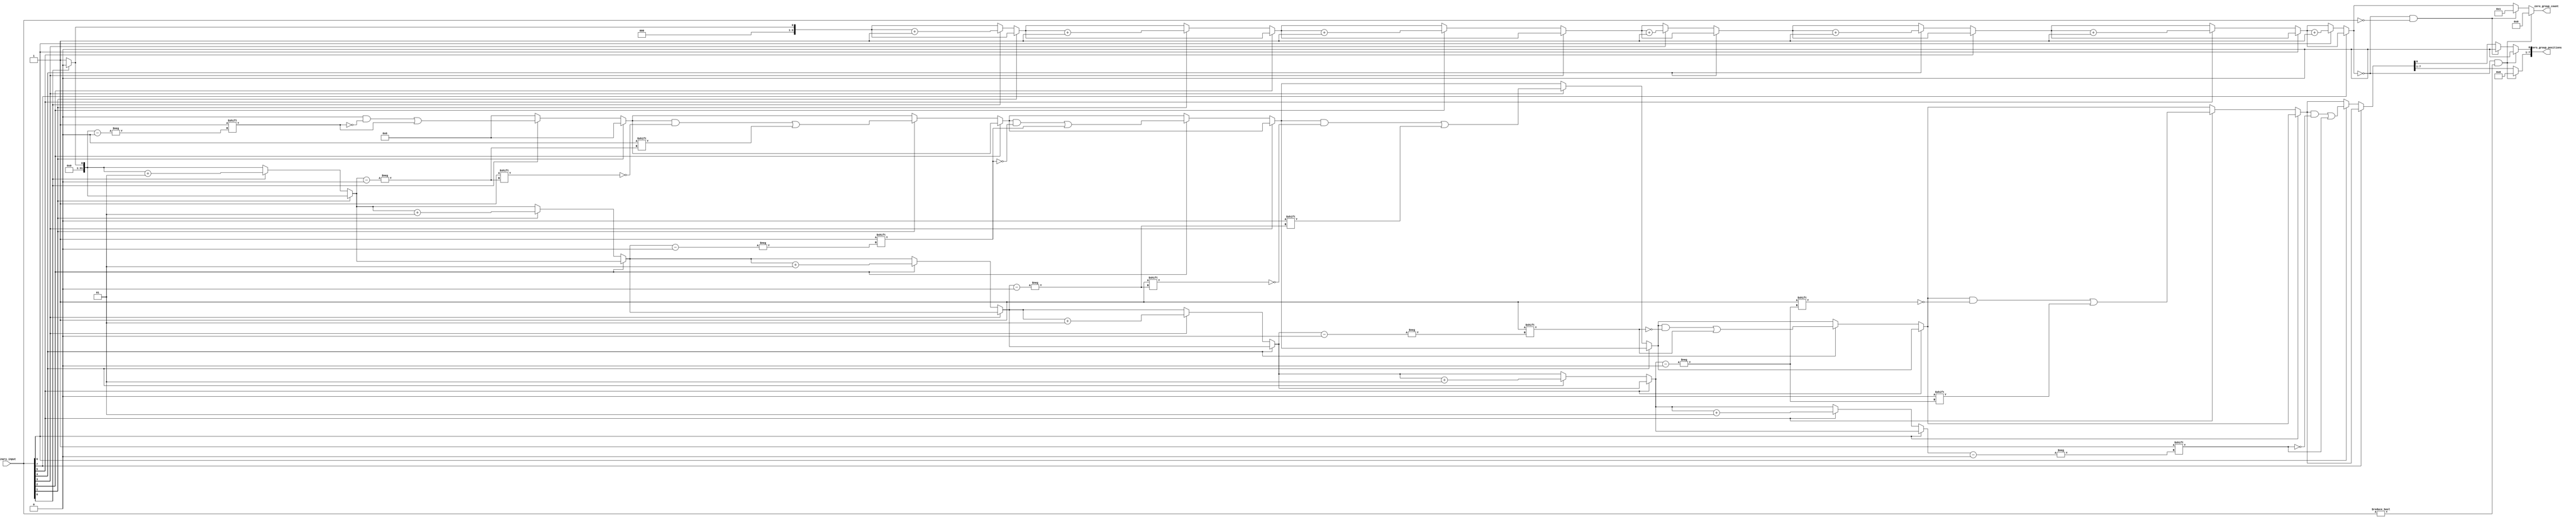
module zero_grouping #(parameter N = 8, // Parameter for the size of the input vector
                       parameter MAX_GROUPS = 8) // Maximum number of zero groups
(
    input  wire [N-1:0] binary_input, // N-bit binary input vector
    output reg [3:0] zero_group_count, // Output for the count of zero groups
    output reg [N-1:0] zero_group_positions // Output for positions of zero groups
);

    integer i;
    integer pos_index;

    always @(*) begin
        // Initialize outputs
        zero_group_count = 0;
        zero_group_positions = 0;
        pos_index = 0;

        // Traverse the input vector
        for (i = 0; i < N; i = i + 1) begin
            // Check for the start of a new group of zeros
            if (binary_input[i] == 0) begin
                // Check if it's the start of a new group
                if (i == 0 || binary_input[i - 1] == 1) begin
                    // Record the position of the new group
                    zero_group_positions[pos_index] = i;
                    pos_index = pos_index + 1;
                    zero_group_count = zero_group_count + 1;
                end
            end
        end

        // Handle edge case: if the input is all zeros
        if (zero_group_count == 0 && binary_input != 0) begin
            zero_group_count = 0;
            zero_group_positions = 0;
        end else if (zero_group_count == 0 && binary_input == 0) begin
            // All zeros case
            zero_group_count = 1;
            zero_group_positions[0] = 0; // Starting position of the group
        end
    end

endmodule